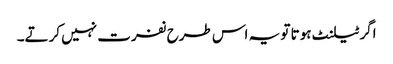
اگر ٹیلنٹ ہوتا تو یہ اس طرح نفرت نہیں کرتے۔